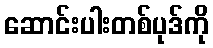
ဆောင်းပါးတစ်ပုဒ်ကို